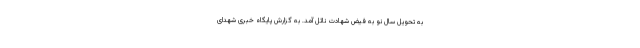
به تحویل سال نو به فیض شهادت نائل آمد. به گزارش پایگاه خبری شهدای